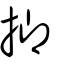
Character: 揤